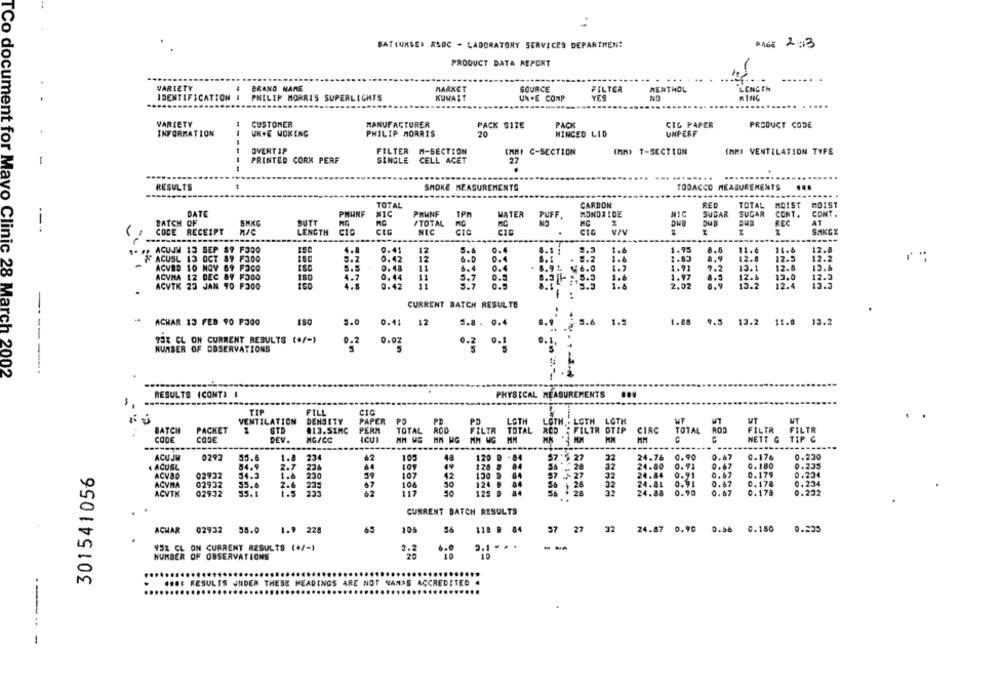
BAT(UMSE) RSOC - LABORATORY SERVICES DEPARTMEN!
PAGE 2:3
PRODUCT DATA REPORT
VARIETY
BRAND NAME
MARKET
SOURCE
FILTER
MENTHOL
LENGTH
IDENTIFICATION 4
PHILIP MORRIS SUPERLIGHTS
KUWAIT
YES
NO
UN .E COMP
VARIETY
CUSTOMER
MANUFACTURER
PACK SIZE
PACK
CIL PAPER
PRODUCT CODE
20
INFORMATION
UK+E WOKING
PHILIP MORRIS
WINGED LID
UNPERF
OVERTIP
FILTER M-SECTION
IMMI C-SECTION
thn> T-SECTION
(AMI VENTILATION TYPE
PRINTED CORK PERF
SINGLE
CELL ACET
27
-
.......
....
RESULTS
SMOKE MEASUREMENTS
TOBACCO MEASUREMENTS
...
TOTAL
CARBON
SED
TOTAL
MOIST
DATE
PMUNF
NIC
PHUNF
TPM
MATER
PUFF
MONDE IDE
NIC
SUGAR
SUGAR
CONT .
CONT .
--
BATCH OF
SMKG
BUTT
TOTAL
MC
NO
MC
DW
REC
AT
SAKGE
CODE RECEIPT
LENGTH
NEC
CIC
CIG
ACUJM 13 SEP 89 F300
0.41
12
1.4
1.95
11.6
11.4
12.8
0.42
12
1.83
12.8
12.5
12.2
F ACUSL 13 OCT 89 F300
150
1.&
8.9
ACVED 10 NOV 89 POCO
5.5
D. 48
0.4
1.7
1.91
13.1
12.8
13.6
ACVMA 12 DEC 89
180
4.7
0.44
11
5.7
0.5
8.31- . 3.3
1.6
1.97
0.5
12.&
13.0
17.5
ACVTK 23 JAN TO F3OG
0.42
0.5
1:5.3
2.02
.9
13.2
12.4
CURRENT BATCH RESUL TE
ACHAR 13 FEB 90 F300
5.0
0.41
12
3.8. 0.4
.9
5.6
1.5
1.88 9.5 13.2 11.8 13.2
73% CL ON CURRENT RESULTS (+/-)
0.02
NUMBER OF OBSERVATIONS
5
0.2 0. 1
..
-------
TCo document for Mayo Clinic 28 March 2002
RESULTS (CONT)
PHYSICAL MEASUREMENTS .. #
FILL
C10
VENTILATION
DENSITY
PAPER PD
PD
PD
LGTH
LOTH
LOTH LGTK
WT
BATCH
PACKET
#13.SZMC
PERM
TOTAL
FILTR
TOTAL
FILTR DTIP
CIRC
TOTAL ROD
FILTR
FILTR
DEV.
NETT & TIP C
CODE
CODE
MG/CC
MM
MM
C
ACUJM
0293
55.6
1.8
234
62
103
48
120 9 -84
$7.5 27
32
24.76 0.90
0.47
0.176
0.230
. ACUSL
54.9
44
109
49
128 8 84
5612
24.80
0.91
0.67
0.180
0.235
301541056
107
42
0.67
ACVBD
02932
54.3
1.6
230
130 9 84
57 / 27
0.179
0.234
ACVMA
02937
55.6
2.6
235
07
106
50
124 B
28
32
24.81
0.67
0.178
0.234
ACVTK
02932
55.1
117
125 9
56 + 28
24.88 0.90
0.67
0.178
0.232
CURRENT BATCH RESULTS
65
27
32
24.87
0.90
ACHAR 02932 55.0 1.9 228
106
118 B 84
0.235
95% CL ON CURRENT RESULTS (+/-)
...
3.1 . . .
NUMBER OF OBSERVATIONS
10
... 1 RESULTS UNDER THESE HEADINGS ARE NOT NAMAS ACCREDITED .
-----